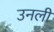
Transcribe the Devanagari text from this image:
उनली